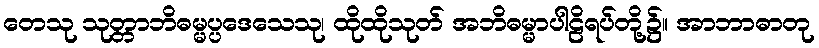
တေသု သုတ္တာဘိဓမ္မပ္ပဒေသေသု၊ ထိုထိုသုတ် အဘိဓမ္မာပါဠိရပ်တို့၌။ အာဘာဓာတု